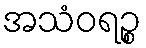
အသံဝရဉ္စ